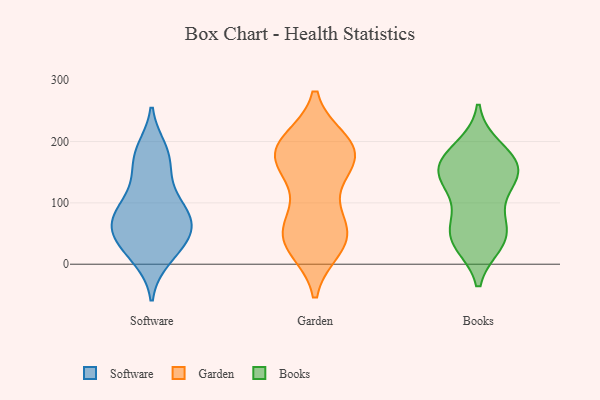
{"axis": {"x": "Production Output", "y": "Value"}, "legend": ["Books", "Garden", "Software"], "data": [{"x": "", "y": 39, "type": "Software"}, {"x": "", "y": 16, "type": "Software"}, {"x": "", "y": 176, "type": "Software"}, {"x": "", "y": 186, "type": "Software"}, {"x": "", "y": 64, "type": "Software"}, {"x": "", "y": 76, "type": "Software"}, {"x": "", "y": 69, "type": "Software"}, {"x": "", "y": 37, "type": "Software"}, {"x": "", "y": 114, "type": "Software"}, {"x": "", "y": 66, "type": "Software"}, {"x": "", "y": 86, "type": "Software"}, {"x": "", "y": 143, "type": "Software"}, {"x": "", "y": 48, "type": "Software"}, {"x": "", "y": 95, "type": "Software"}, {"x": "", "y": 10, "type": "Software"}, {"x": "", "y": 176, "type": "Software"}, {"x": "", "y": 54, "type": "Garden"}, {"x": "", "y": 37, "type": "Garden"}, {"x": "", "y": 150, "type": "Garden"}, {"x": "", "y": 174, "type": "Garden"}, {"x": "", "y": 41, "type": "Garden"}, {"x": "", "y": 56, "type": "Garden"}, {"x": "", "y": 185, "type": "Garden"}, {"x": "", "y": 144, "type": "Garden"}, {"x": "", "y": 183, "type": "Garden"}, {"x": "", "y": 87, "type": "Garden"}, {"x": "", "y": 194, "type": "Garden"}, {"x": "", "y": 166, "type": "Garden"}, {"x": "", "y": 27, "type": "Garden"}, {"x": "", "y": 29, "type": "Garden"}, {"x": "", "y": 200, "type": "Garden"}, {"x": "", "y": 184, "type": "Garden"}, {"x": "", "y": 199, "type": "Garden"}, {"x": "", "y": 62, "type": "Garden"}, {"x": "", "y": 174, "type": "Books"}, {"x": "", "y": 122, "type": "Books"}, {"x": "", "y": 129, "type": "Books"}, {"x": "", "y": 72, "type": "Books"}, {"x": "", "y": 150, "type": "Books"}, {"x": "", "y": 52, "type": "Books"}, {"x": "", "y": 36, "type": "Books"}, {"x": "", "y": 41, "type": "Books"}, {"x": "", "y": 43, "type": "Books"}, {"x": "", "y": 162, "type": "Books"}, {"x": "", "y": 157, "type": "Books"}, {"x": "", "y": 154, "type": "Books"}, {"x": "", "y": 188, "type": "Books"}]}